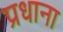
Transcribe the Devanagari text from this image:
प्रधाना